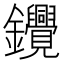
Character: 𰽓